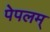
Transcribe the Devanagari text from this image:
पेपलम्